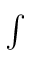
\textstyle \int